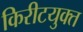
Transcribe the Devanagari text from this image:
किरीटयुक्त